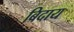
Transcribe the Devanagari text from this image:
बिदाय